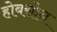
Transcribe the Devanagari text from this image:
होबसोन